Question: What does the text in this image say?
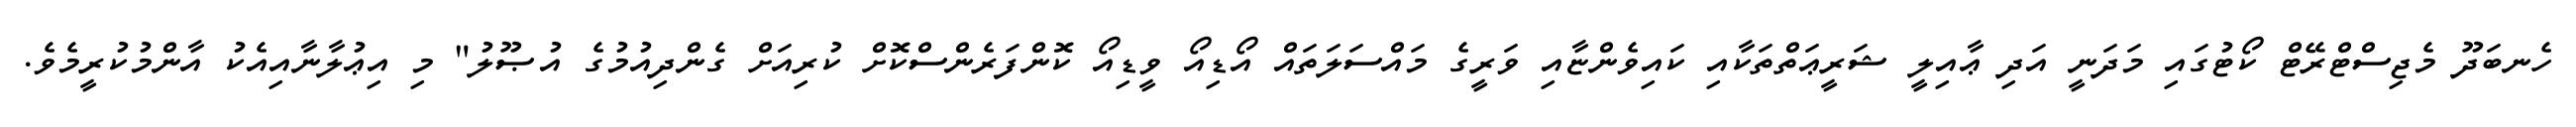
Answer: ހެނބަދޫ މެޖިސްޓްރޭޓް ކޯޓުގައި މަދަނީ އަދި ޢާއިލީ ޝަރީޢަތްތަކާއި ކައިވެންޏާއި ވަރީގެ މައްސަލަތައް އޯޑިއޯ ވީޑިއޯ ކޮންފަރެންސްކޮށް ކުރިއަށް ގެންދިއުމުގެ އުޞޫލު" މި އިޢުލާނާއިއެކު އާންމުކުރީމެވެ.